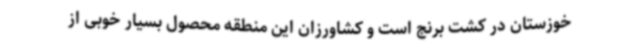
خوزستان در کشت برنج است و کشاورزان این منطقه محصول بسیار خوبی از